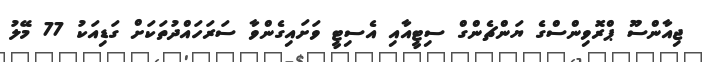
ޖިއާންސޫ ޕްރޮވިންސްގެ ޔަންޗެންގް ސިޓީއާއި އެސިޓީ ވަށައިގެންވާ ސަރަހައްދުތަކަށް ގަޑިއަކު 77 މޭލު